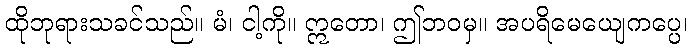
ထိုဘုရားသခင်သည်။ မံ၊ ငါ့ကို။ ဣတော၊ ဤဘဝမှ။ အပရိမေယျေကပ္ပေ၊